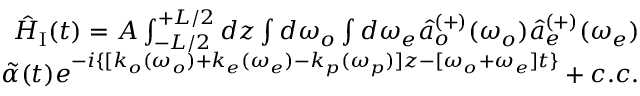
\begin{array} { r } { \hat { H } _ { \mathrm { I } } ( t ) = A \int _ { - L / 2 } ^ { + L / 2 } d z \int d \omega _ { o } \int d \omega _ { e } \hat { a } _ { o } ^ { ( + ) } ( \omega _ { o } ) \hat { a } _ { e } ^ { ( + ) } ( \omega _ { e } ) } \\ { \tilde { \alpha } ( t ) e ^ { - i \{ [ k _ { o } ( \omega _ { o } ) + k _ { e } ( \omega _ { e } ) - k _ { p } ( \omega _ { p } ) ] z - [ \omega _ { o } + \omega _ { e } ] t \} } + c . c . } \end{array}